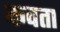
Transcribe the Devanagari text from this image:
कवता